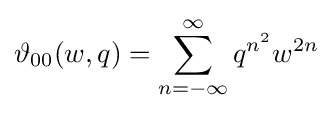
\vartheta _{00}(w,q)=\sum _{n=-\infty }^{\infty }q^{n^{2}}w^{2n}